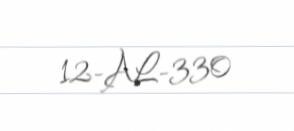
12-AL-330